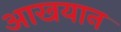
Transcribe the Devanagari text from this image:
आखयान